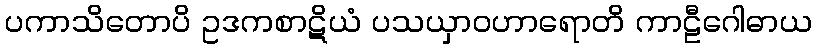
ပကာသိတောပိ ဥဒကစာဋိယံ ပသယှာဝဟာရောတိ ကာဠီဂေါဓာယ